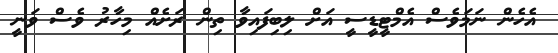
އެހެން ނަމަވެސް އެމްޓީޑީސީ އަށް ލިބިފައިވާ ތިން ރަށެއް މިހާރު ވެސް ވަނީ